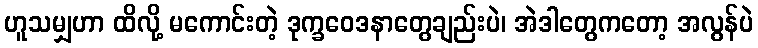
ဟူသမျှဟာ ထိလို့ မကောင်းတဲ့ ဒုက္ခဝေဒနာတွေချည်းပဲ၊ အဲဒါတွေကတော့ အလွန်ပဲ